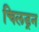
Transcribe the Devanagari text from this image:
चिलड्रन